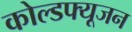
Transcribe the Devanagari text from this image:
कोल्डफ्यूजन